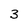
Character: 3